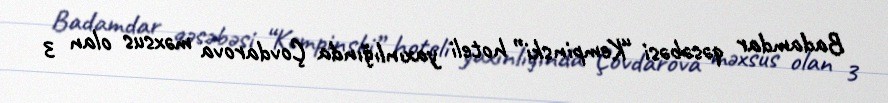
Badamdar qəsəbəsi “Kempinski” hoteli yaxınlığında Çovdarova məxsus olan 3